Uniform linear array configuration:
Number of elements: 16
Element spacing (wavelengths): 0.25
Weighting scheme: hann
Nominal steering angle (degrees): -45
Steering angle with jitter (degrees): -44.653
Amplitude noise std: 0.05
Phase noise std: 0.05

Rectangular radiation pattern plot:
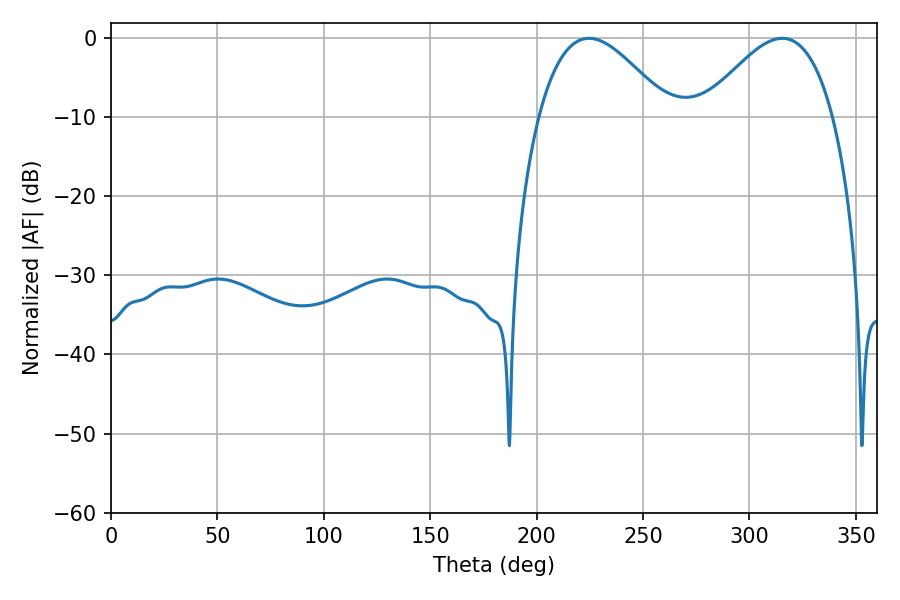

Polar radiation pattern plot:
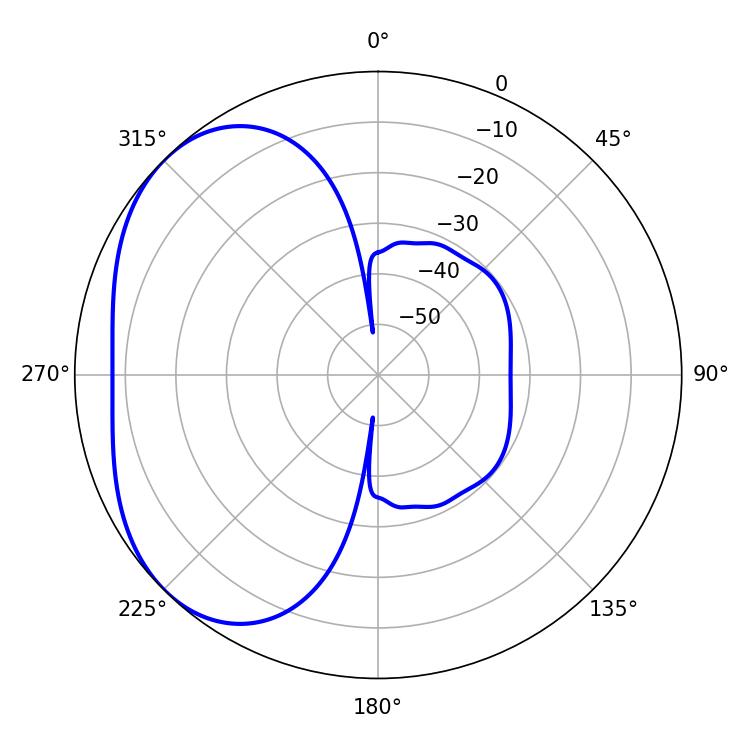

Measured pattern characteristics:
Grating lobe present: FALSE
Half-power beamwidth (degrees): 32.94
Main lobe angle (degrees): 224.64